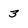
Character: 3